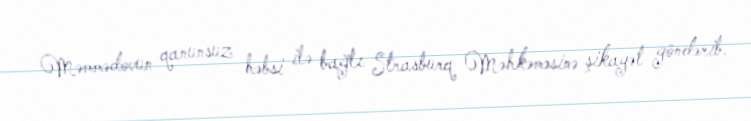
Məmmədovun qanunsuz həbsi ilə bağlı Strasburq Məhkəməsinə şikayət göndərib.